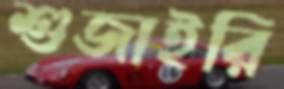
শুজাইরি